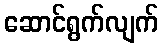
ဆောင်ရွက်လျက်